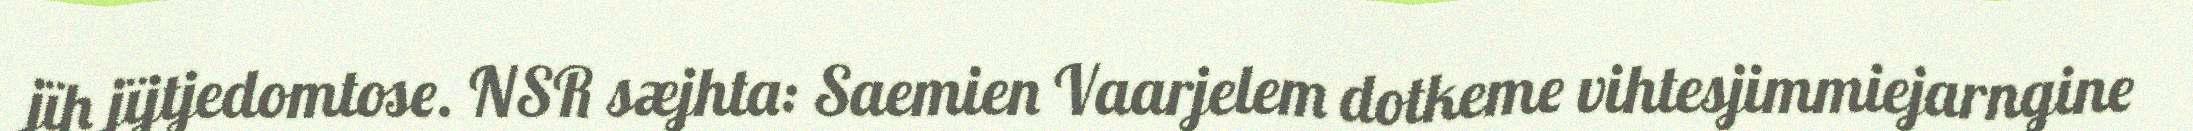
jïh jïjtjedomtose. NSR sæjhta: Saemien Vaarjelem dotkeme vihtesjimmiejarngine